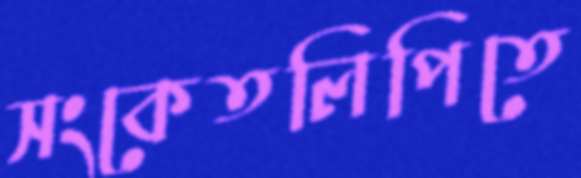
সংকেতলিপিতে